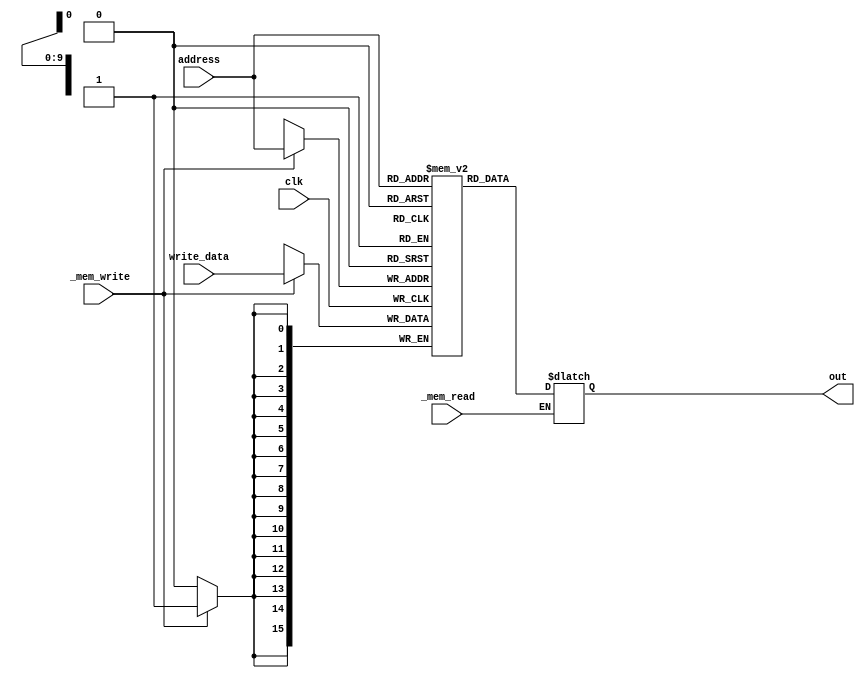
module Memory(
	input [9:0] address, 
	input [15:0] write_data, 
	output reg [15:0] out,
	input _mem_read, _mem_write, clk
	);

	reg [15:0] mem[1023:0];

	initial
	begin
	  mem[0] = 16'b0001_11_1111100111;  // Store [999] <- R3
	  mem[1] = 16'b1101_11_01_00000011; // Subi R3 <- R1 - 2
		mem[2] = 16'b1000_11_00_01000000; // NOP
		mem[3] = 16'b1000_00_00_10000001; // wind 01
		mem[4] = 16'b1000_01_00_00001000; // And R3 ,R2
		mem[5] = 16'b1111_10_11_00000100; // Ori R4 <= R5 | 4
		mem[6] = 16'b0100_01_00_00001010; // BranchZ  R3,R2 [10]
		// ...
    mem[10] = 16'b1111_01_10_00000100; // Ori R3 <= R4 | 4
    mem[11] = 16'b1000_00_00_10000010; // wind 10
    mem[12] = 16'b0100_00_01_00010111; // BranchZ  R4,R5 [23]
    //...
    mem[23] = 16'b0000_11_1111100111;  // Load R7 <- [999]
    mem[24] = 16'b1000_00_10_00000010; // Add R4, R6
    mem[25] = 16'b1000_00_11_00000100; // Sub R4, R7
    mem[26] = 16'b1000_00_00_10000000; // wind 00
    mem[27] = 16'b0010_00_0000000000;  // Jump addr [0]
    
	end

 always @ ( posedge clk )
  begin
    		if(_mem_write)
			mem[address] = write_data;
  end

	always @ ( * )
	begin
		if(_mem_read)
		  	out = mem[address];
	end
	
endmodule